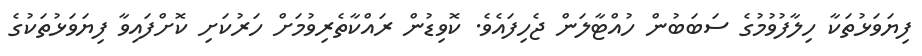
ފިޔަވަޅުތަކާ ހިލާފުވުމުގެ ސަބަބުން ހުއްޓާލަން ޖެހިފައެވެ. ކޮވިޑުން ރައްކާތެރިވުމަށް ހަރުކަށި ކޮށްފައިވާ ފިޔަވަޅުތަކުގެ